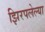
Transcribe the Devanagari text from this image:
झिरपलेल्या